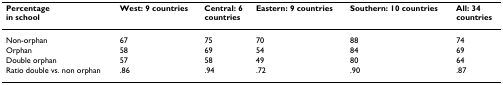
<table><thead><tr><td><b>Percentagein school</b></td><td><b>West: 9 countries</b></td><td><b>Central: 6countries</b></td><td><b>Eastern: 9 countries</b></td><td><b>Southern: 10 countries</b></td><td><b>All: 34countries</b></td></tr></thead><tbody><tr><td>Non-orphan</td><td>67</td><td>75</td><td>70</td><td>88</td><td>74</td></tr><tr><td>Orphan</td><td>58</td><td>69</td><td>54</td><td>84</td><td>69</td></tr><tr><td>Double orphan</td><td>57</td><td>58</td><td>49</td><td>80</td><td>64</td></tr><tr><td>Ratio double vs. non orphan</td><td>.86</td><td>.94</td><td>.72</td><td>.90</td><td>.87</td></tr></tbody></table>